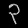
Digit: ၃